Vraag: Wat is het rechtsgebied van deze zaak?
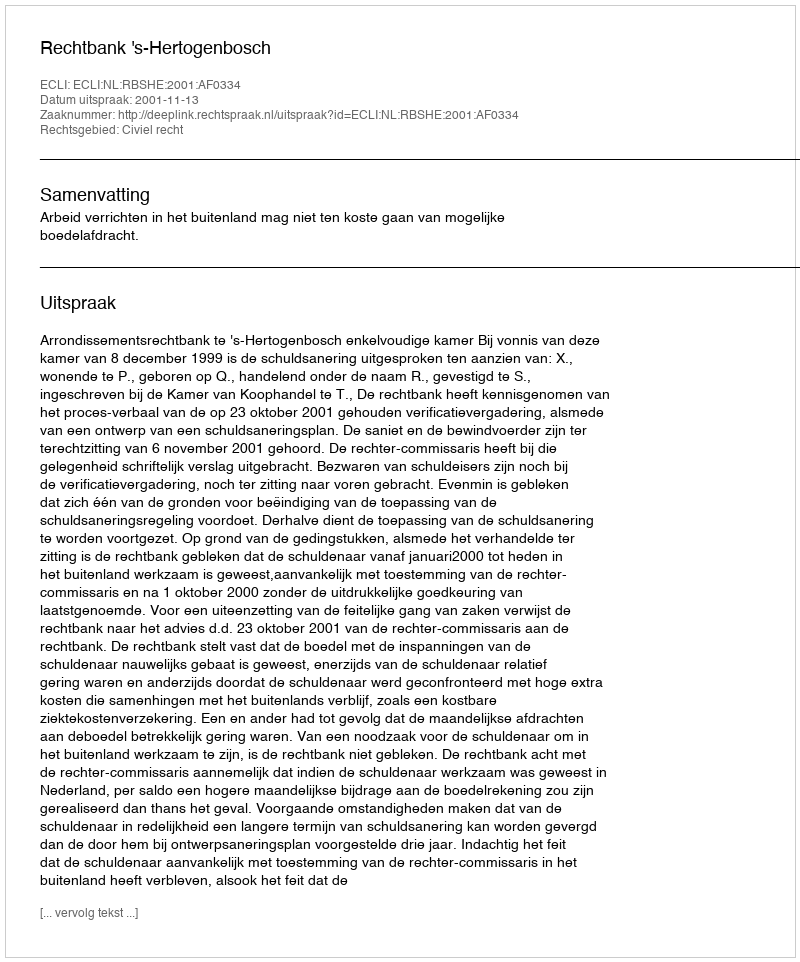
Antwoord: Civiel recht